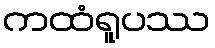
ကထံရူပဿ